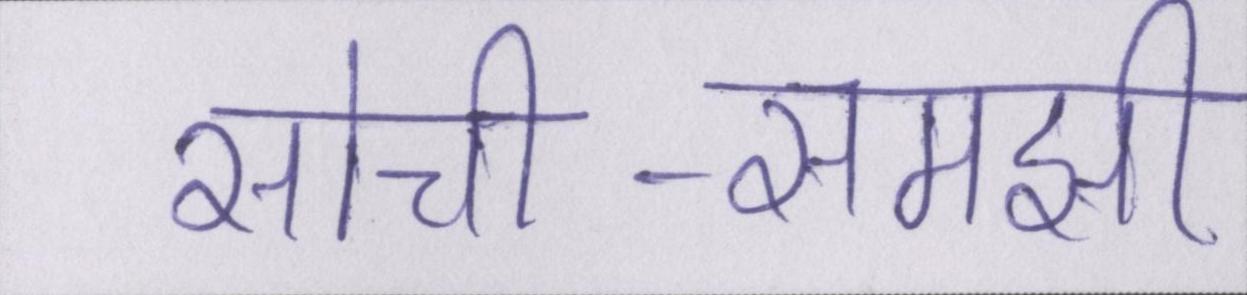
सोची-समझी